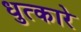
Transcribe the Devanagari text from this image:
धुत्कारे